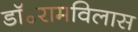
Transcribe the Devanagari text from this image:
डॉ॰रामविलास